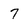
Character: 7